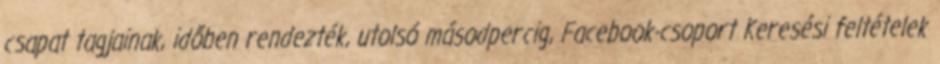
csapat tagjainak, időben rendezték, utolsó másodpercig, Facebook-csoport Keresési feltételek